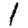
Digit: 1